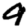
Digit: 9